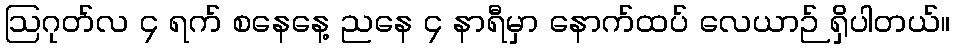
ဩဂုတ်လ ၄ ရက် စနေနေ့ ညနေ ၄ နာရီမှာ နောက်ထပ် လေယာဉ် ရှိပါတယ်။